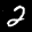
Label: 2